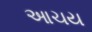
આચય